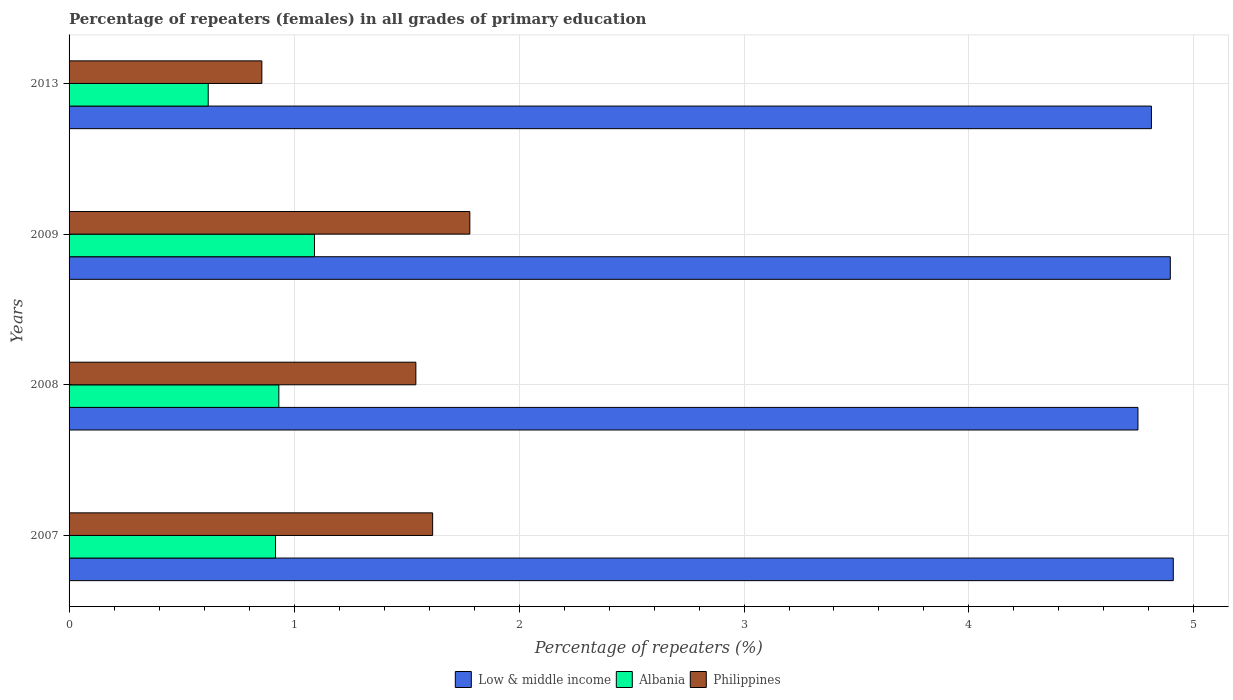
| Years | Low & middle income | Albania | Philippines |
 | --- | --- | --- | --- |
 | 2007 | 4.91 | 0.918 | 1.62 |
 | 2008 | 4.75 | 0.932 | 1.54 |
 | 2009 | 4.89 | 1.09 | 1.78 |
 | 2013 | 4.81 | 0.619 | 0.857 |